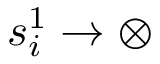
s _ { i } ^ { 1 } \to \otimes